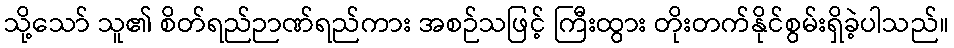
သို့သော် သူ၏ စိတ်ရည်ဉာဏ်ရည်ကား အစဉ်သဖြင့် ကြီးထွား တိုးတက်နိုင်စွမ်းရှိခဲ့ပါသည်။